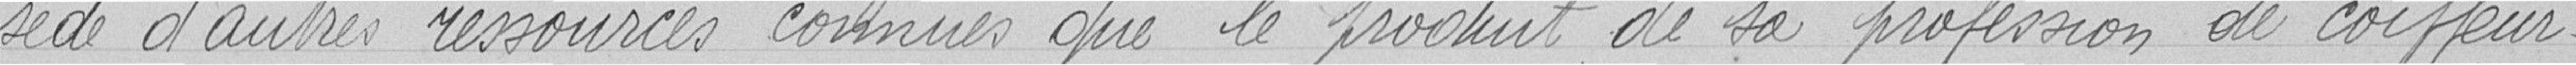
sède d'autres ressources connues que le produit de sa profession de coiffeur.